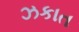
ઝકાત